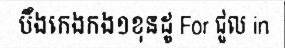
បឹងកេងកង១ខុនដូ For ជួល in